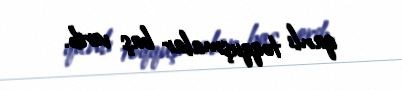
qanlı toqquşmalar baş verib.